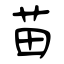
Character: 苗